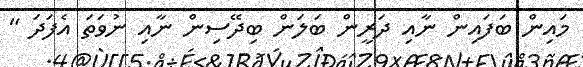
މައިން ބަފައިން ނާއި ދަރީން ބަލަން ބިދޭސިން ނާއި ނުވަތަ އެފަދަ "